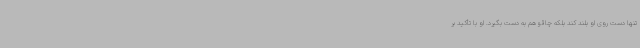
تنها دست روی او بلند کند بلکه چاقو هم به دست بگیرد. او با تأکید بر